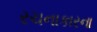
રચનાકારના